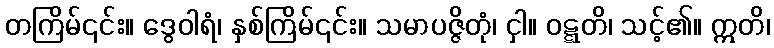
တကြိမ်၎င်း။ ဒွေဝါရံ၊ နှစ်ကြိမ်၎င်း။ သမာပဇ္ဇိတုံ၊ ငှါ။ ဝဋ္ဋတိ၊ သင့်၏။ ဣတိ၊